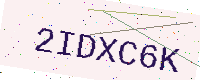
Text: 2IDXC6K